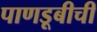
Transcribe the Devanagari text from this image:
पाणडूबीची